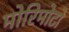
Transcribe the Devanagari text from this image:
मोरिमोटो